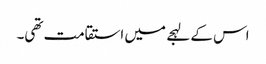
اس کے لہجے میں استقامت تھی۔